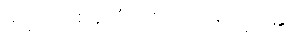
မဏ္ဍပ်တစ်ခုလုံး တိတ်ဆိတ်သွား၏။